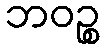
ဘဝဉ္စ